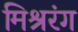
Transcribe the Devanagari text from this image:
मिश्ररंग